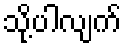
သို့ပါလျက်